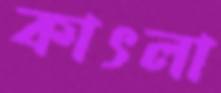
কাৎলা